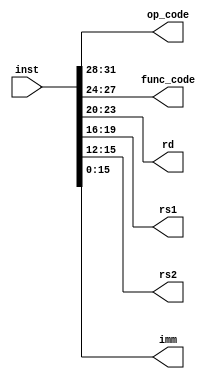
module Decoder(inst, op_code, func_code, rd, rs1, rs2, imm);
      parameter bitwidth=32;
      input[bitwidth-1:0] inst;
      output[3:0] op_code,func_code,rd,rs1,rs2;
      reg[3:0] op_code,func_code,rd,rs1,rs2;
      output[15:0] imm;
      reg[15:0] imm;
      always @(inst) 
      begin
         op_code = inst[31:28];
         func_code = inst[27:24];
         rd  = inst[23:20];
         rs1 = inst[19:16];
         rs2 = inst[15:12];
         imm = inst[15:0];
      end
endmodule